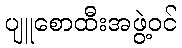
ပျူစောထီးအဖွဲ့ဝင်